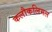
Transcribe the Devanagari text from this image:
कलौकलिमल